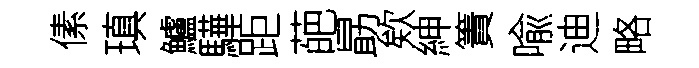
傃瑱鱸驊距葩勗欸紳簀喩迪略